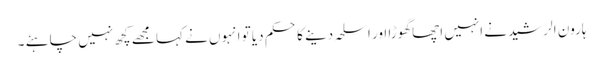
ہارون الرشید نے انہیں اچھا گھوڑا اور اسلحہ دینے کا حکم دیا تو انہوں نے کہا مجھے کچھ نہیں چاہئے ۔